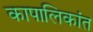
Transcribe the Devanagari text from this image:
कापालिकांत